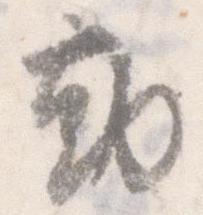
勤